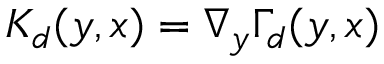
K _ { d } ( y , x ) = \nabla _ { y } \Gamma _ { d } ( y , x )